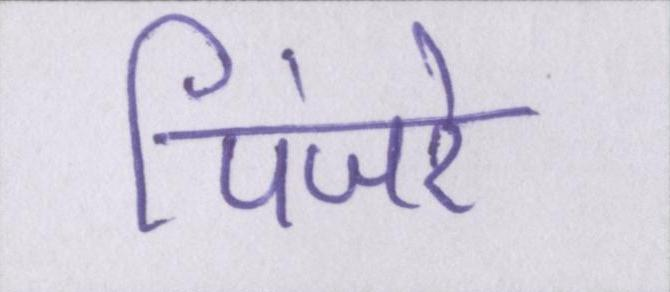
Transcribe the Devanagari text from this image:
पिंजरे